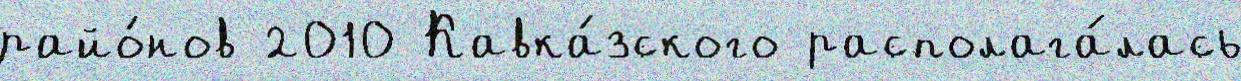
райо́нов 2010 Кавка́зского располага́лась